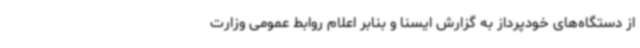
از دستگاه‌های خودپرداز به گزارش ایسنا و بنابر اعلام روابط عمومی وزارت